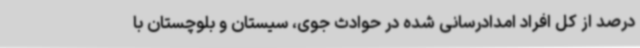
درصد از کل افراد امدادرسانی شده در حوادث جوی، سیستان و بلوچستان با